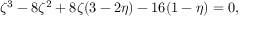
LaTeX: \zeta ^ { 3 } - 8 \zeta ^ { 2 } + 8 \zeta ( 3 - 2 \eta ) - 1 6 ( 1 - \eta ) = 0 ,